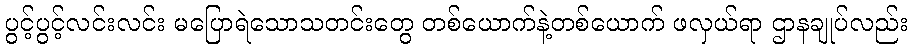
ပွင့်ပွင့်လင်းလင်း မပြောရဲသောသတင်းတွေ တစ်ယောက်နဲ့တစ်ယောက် ဖလှယ်ရာ ဌာနချုပ်လည်း